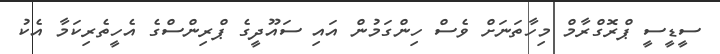
ސީޑީސީ ޕްރޮގްރާމް މިހާތަނަށް ވެސް ހިންގަމުން އައި ސައޫދީގެ ޕްރިންސްގެ އެހީތެރިކަމާ އެކު